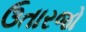
ઉતારજો